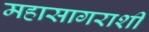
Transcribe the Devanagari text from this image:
महासागराशी